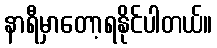
နာရီမှာတော့ရနိုင်ပါတယ်။